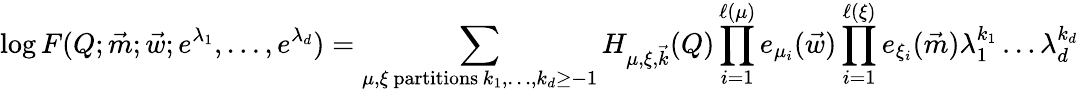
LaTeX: \log F(Q;\vec{m};\vec{w};e^{\lambda_{1}},\dots,e^{\lambda_{d}})=\sum_{\substack{\mu,\xi\mathrm{~partitions}\, k_{1},\dots,k_{d}\geq-1}}H_{\mu,\xi,\vec{k}}(Q)\prod_{i=1}^{\ell(\mu)}e_{\mu_{i}}(\vec{w})\prod_{i=1}^{\ell(\xi)}e_{\xi_{i}}(\vec{m})\lambda_{1}^{k_{1}}\dots\lambda_{d}^{k_{d}}